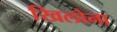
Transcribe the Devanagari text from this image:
खिलोना